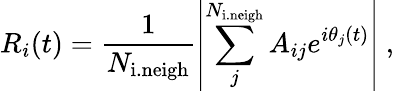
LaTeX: R_{i}(t)=\frac{1}{N_{\mathrm{i.neigh}}}\left|\sum_{j}^{N_{\mathrm{i.neigh}}}A_{ij}e^{i\theta_{j}(t)}\right|\ ,